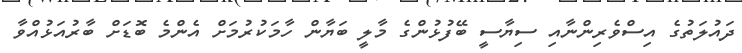
ދައުލަތުގެ އިސްވެރިންނާއި ސިޔާސީ ބޭފުޅުންގެ މާލީ ބަޔާން ހާމަކުރުމަށް އެންމެ ބޮޑަށް ބާރުއަޅުއްވާ